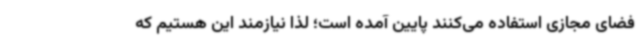
فضای مجازی استفاده می‌کنند پایین آمده است؛ لذا نیازمند این هستیم که